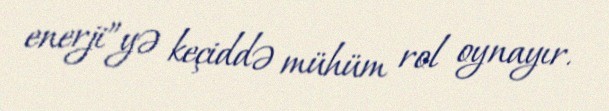
enerji”yə keçiddə mühüm rol oynayır.